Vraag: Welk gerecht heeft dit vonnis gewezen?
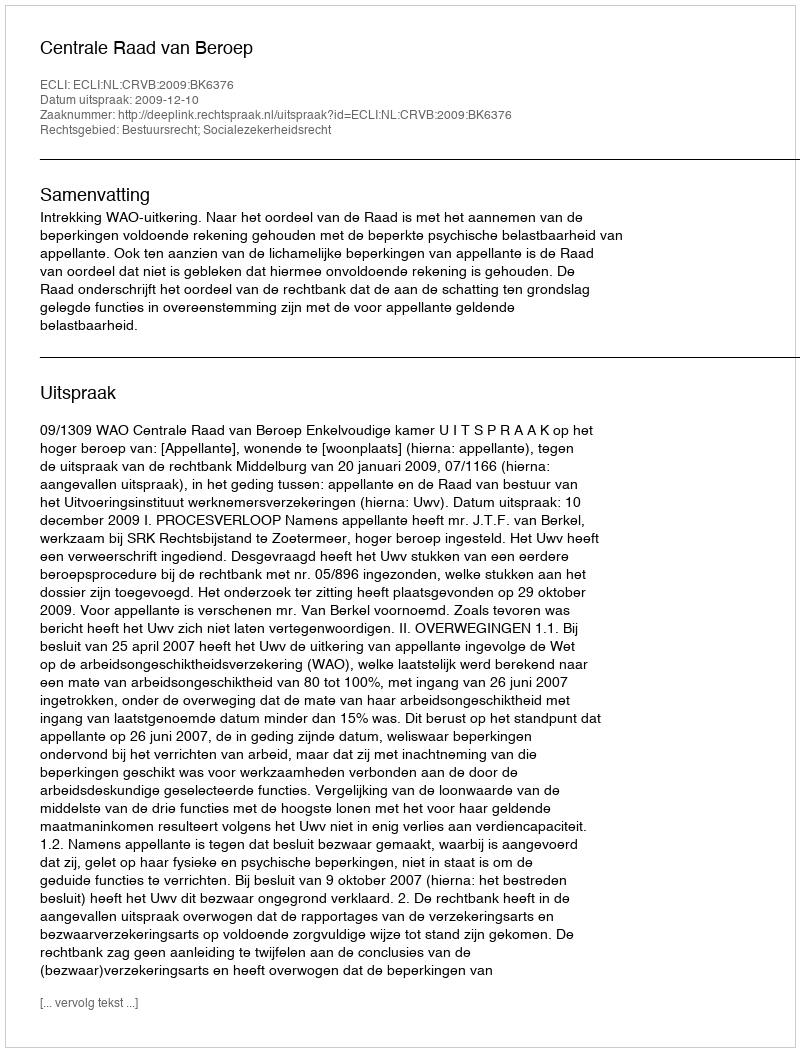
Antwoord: Centrale Raad van Beroep